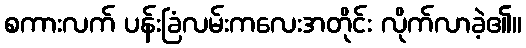
စကားလက် ပန်းခြံလမ်းကလေးအတိုင်း လိုက်လာခဲ့၏။